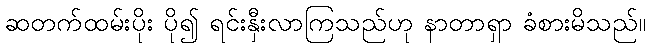
ဆတက်ထမ်းပိုး ပို၍ ရင်းနှီးလာကြသည်ဟု နာတာရှာ ခံစားမိသည်။